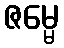
ဇမ္မေ